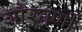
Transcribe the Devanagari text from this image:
गौरवर्णी